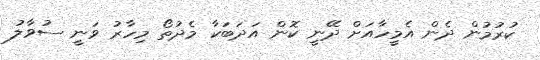
ކުރުމުން ދެން އެމީހާއަށް ދޭނީ ކޮން އަދަބަކާ މެދުތޯ މިހާރު ވަނީ ސުވާލު